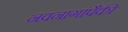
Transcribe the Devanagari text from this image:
नवनागांपैकी